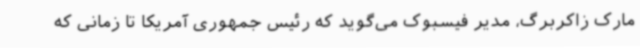
مارک زاکربرگ، مدیر فیسبوک می‌گوید که رئیس جمهوری آمریکا تا زمانی که